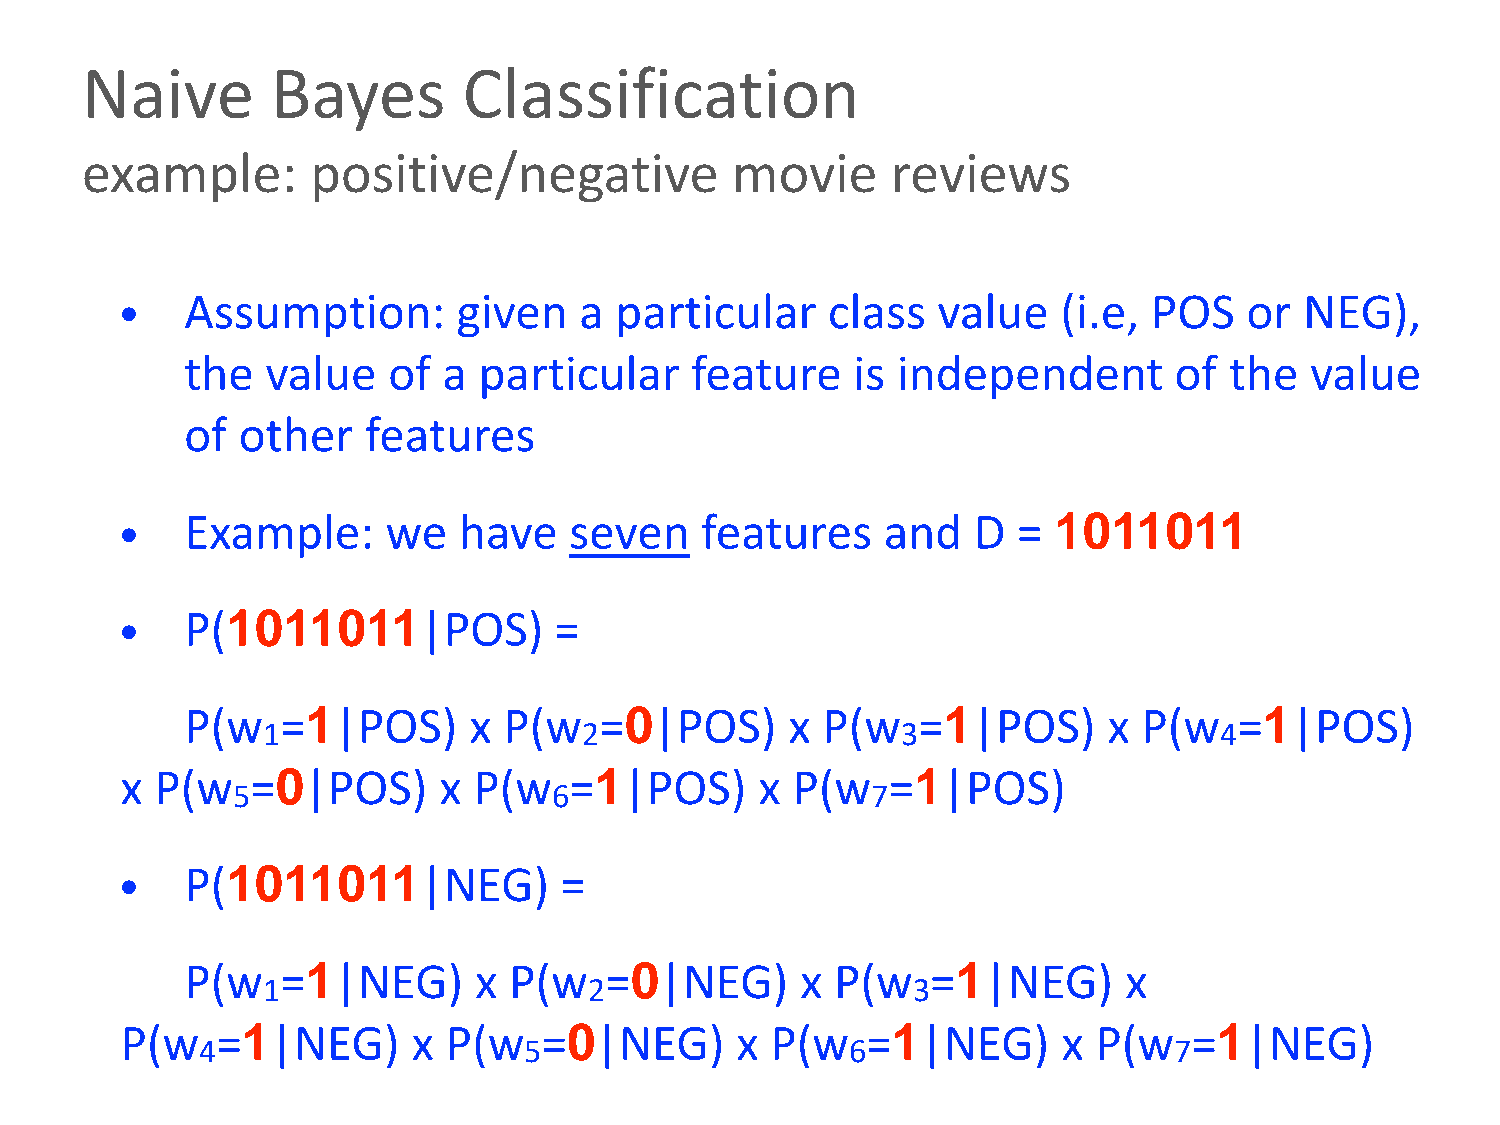
Naive        Bayes        Classification
 example:        positive/negative          movie      reviews
 •   Assumption:       given   a  particular    class  value   (i.e, POS    or NEG),
 the   value   of a  particular    feature   is independent        of the   value
 of  other   features
 •   Example:      we  have    seven   features     and  D  =  1011011
 •   P(1011011|POS)           =
 P(w    =1|POS)     x P(w    =0|POS)     x P(w    =1|POS)     x  P(w   =1|POS)
 1                     2                    3                    4
 x P(w    =0|POS)     x P(w    =1|POS)     x P(w    =1|POS)
 5                     6                    7
 •   P(1011011|NEG)           =
 P(w    =1|NEG)     x  P(w   =0|NEG)      x P(w    =1|NEG)      x
 1                     2                    3
 P(w   =1|NEG)      x  P(w   =0|NEG)      x P(w   =1|NEG)      x  P(w   =1|NEG)
 4                     5                    6                     7